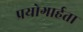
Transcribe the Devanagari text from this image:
प्रयोगार्हता